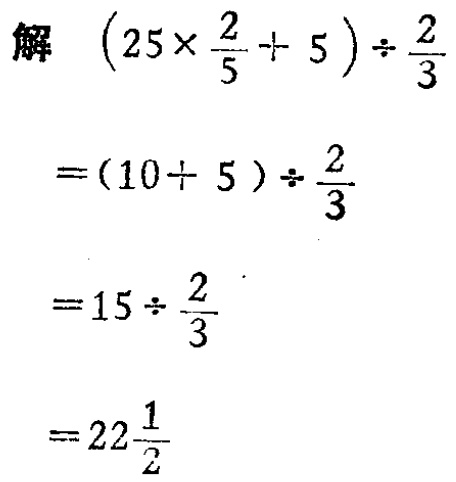
解 \((25\times\frac{2}{5}+5)\div\frac{2}{3}\)

\(=(10 + 5)\div\frac{2}{3}\)

\(=15\div\frac{2}{3}\)

\(=22\frac{1}{2}\)